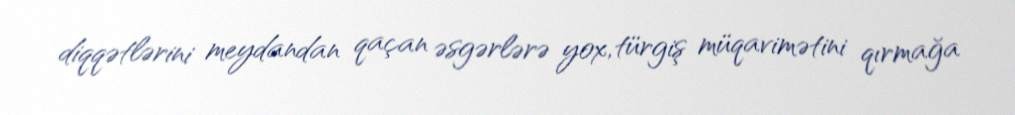
diqqətlərini meydandan qaçan əsgərlərə yox, türgiş müqavimətini qırmağa